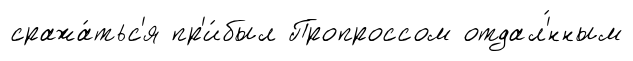
сража́тьс'я пр'и́был Пропроссом отдал'́нным